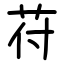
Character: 苻